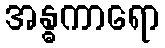
အန္ဓကာရော